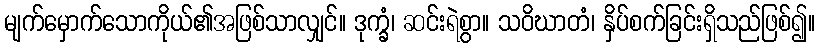
မျက်မှောက်သောကိုယ်၏အဖြစ်သာလျှင်။ ဒုက္ခံ၊ ဆင်းရဲစွာ။ သဝိဃာတံ၊ နှိပ်စက်ခြင်းရှိသည်ဖြစ်၍။